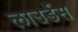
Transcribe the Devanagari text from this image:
लाउर्डेस